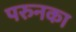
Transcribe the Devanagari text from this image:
परुनका